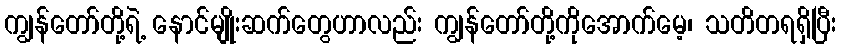
ကျွန်တော်တို့ရဲ့ နောင်မျိုးဆက်တွေဟာလည်း ကျွန်တော်တို့ကိုအောက်မေ့၊ သတိတရရှိပြီး